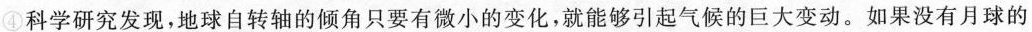
④科学研究发现，地球自转轴的倾角只要有激小的变化，就能够引起气候的巨大变动。如果没有月球的